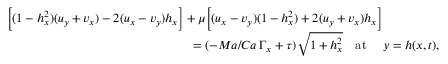
\begin{array} { r l } & { \biggl [ ( 1 - h _ { x } ^ { 2 } ) ( u _ { y } + v _ { x } ) - 2 ( u _ { x } - v _ { y } ) h _ { x } \biggr ] + \mu \biggl [ ( u _ { x } - v _ { y } ) ( 1 - h _ { x } ^ { 2 } ) + 2 ( u _ { y } + v _ { x } ) h _ { x } \biggr ] } \\ & { ~ ~ ~ ~ ~ ~ ~ ~ ~ ~ ~ ~ ~ ~ ~ ~ ~ ~ ~ ~ ~ ~ ~ ~ ~ ~ ~ ~ ~ ~ ~ ~ ~ ~ ~ ~ ~ ~ ~ ~ ~ ~ ~ ~ ~ = ( - M a / C a \, \Gamma _ { x } + \tau ) \sqrt { 1 + h _ { x } ^ { 2 } } ~ ~ ~ \mathrm { a t } ~ ~ ~ ~ y = h ( x , t ) , } \end{array}